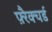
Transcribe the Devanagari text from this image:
फ़्रैक्चर्ड